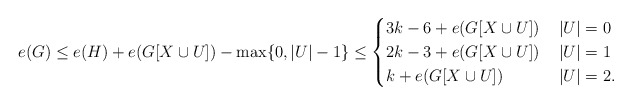
\begin{align*}e(G)&\le e(H)+e(G[X\cup U])-\max\{0, |U|-1\}\le \begin{cases} 3k-6 +e(G[X\cup U])& \, |U|=0 \\ 2k-3+e(G[X\cup U]) & \, |U|=1 \\ k+e(G[X\cup U])& \,|U|=2.\\ \end{cases} \medskip\end{align*}